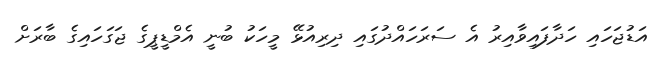
އަޑުޖަހައި ހަދާފައިވާއިރު އެ ސަރަހައްދުގައި ދިރިއުޅޭ މީހަކު ބުނީ އެމްޑީޕީގެ ޖަގަހައިގެ ބާރަށް